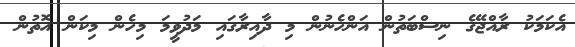
އެކަމަކު ރާއްޖޭގެ ނިސްބަތުން އަންހެނުން މި ދާއިރާގައި މަދުވީމަ މިހެން މިކަން އޮތުން